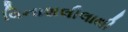
વિનાશલીલાથી